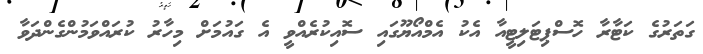
ގަތަރުގެ ކަޓާރާ ހޮސްޕިޓަލިޓީއާ އެކު އެމްއޯޔޫގައި ސޮއިކުރެއްވީ އެ ގައުމަށް މިހާރު ކުރައްވަމުންގެންދަވާ